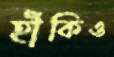
হাঁকিও